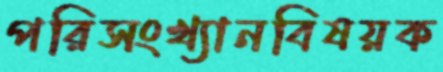
পরিসংখ্যানবিষয়ক